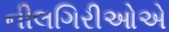
નીલગિરીઓએ